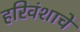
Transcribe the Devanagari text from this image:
हरिवंशाचें